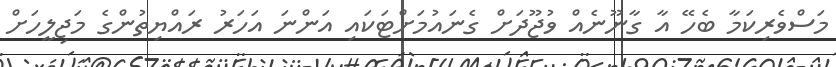
މަސްވެރިކަމާ ބެހޭ އާ ގާނޫނެއް ވުޖޫދަށް ގެނައުމަށްޓަކައި އަންނަ އަހަރު ރައްޔިތުންގެ މަޖިލީހަށް